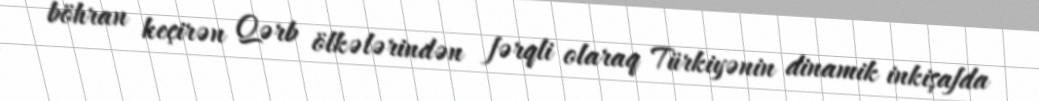
böhran keçirən Qərb ölkələrindən fərqli olaraq Türkiyənin dinamik inkişafda